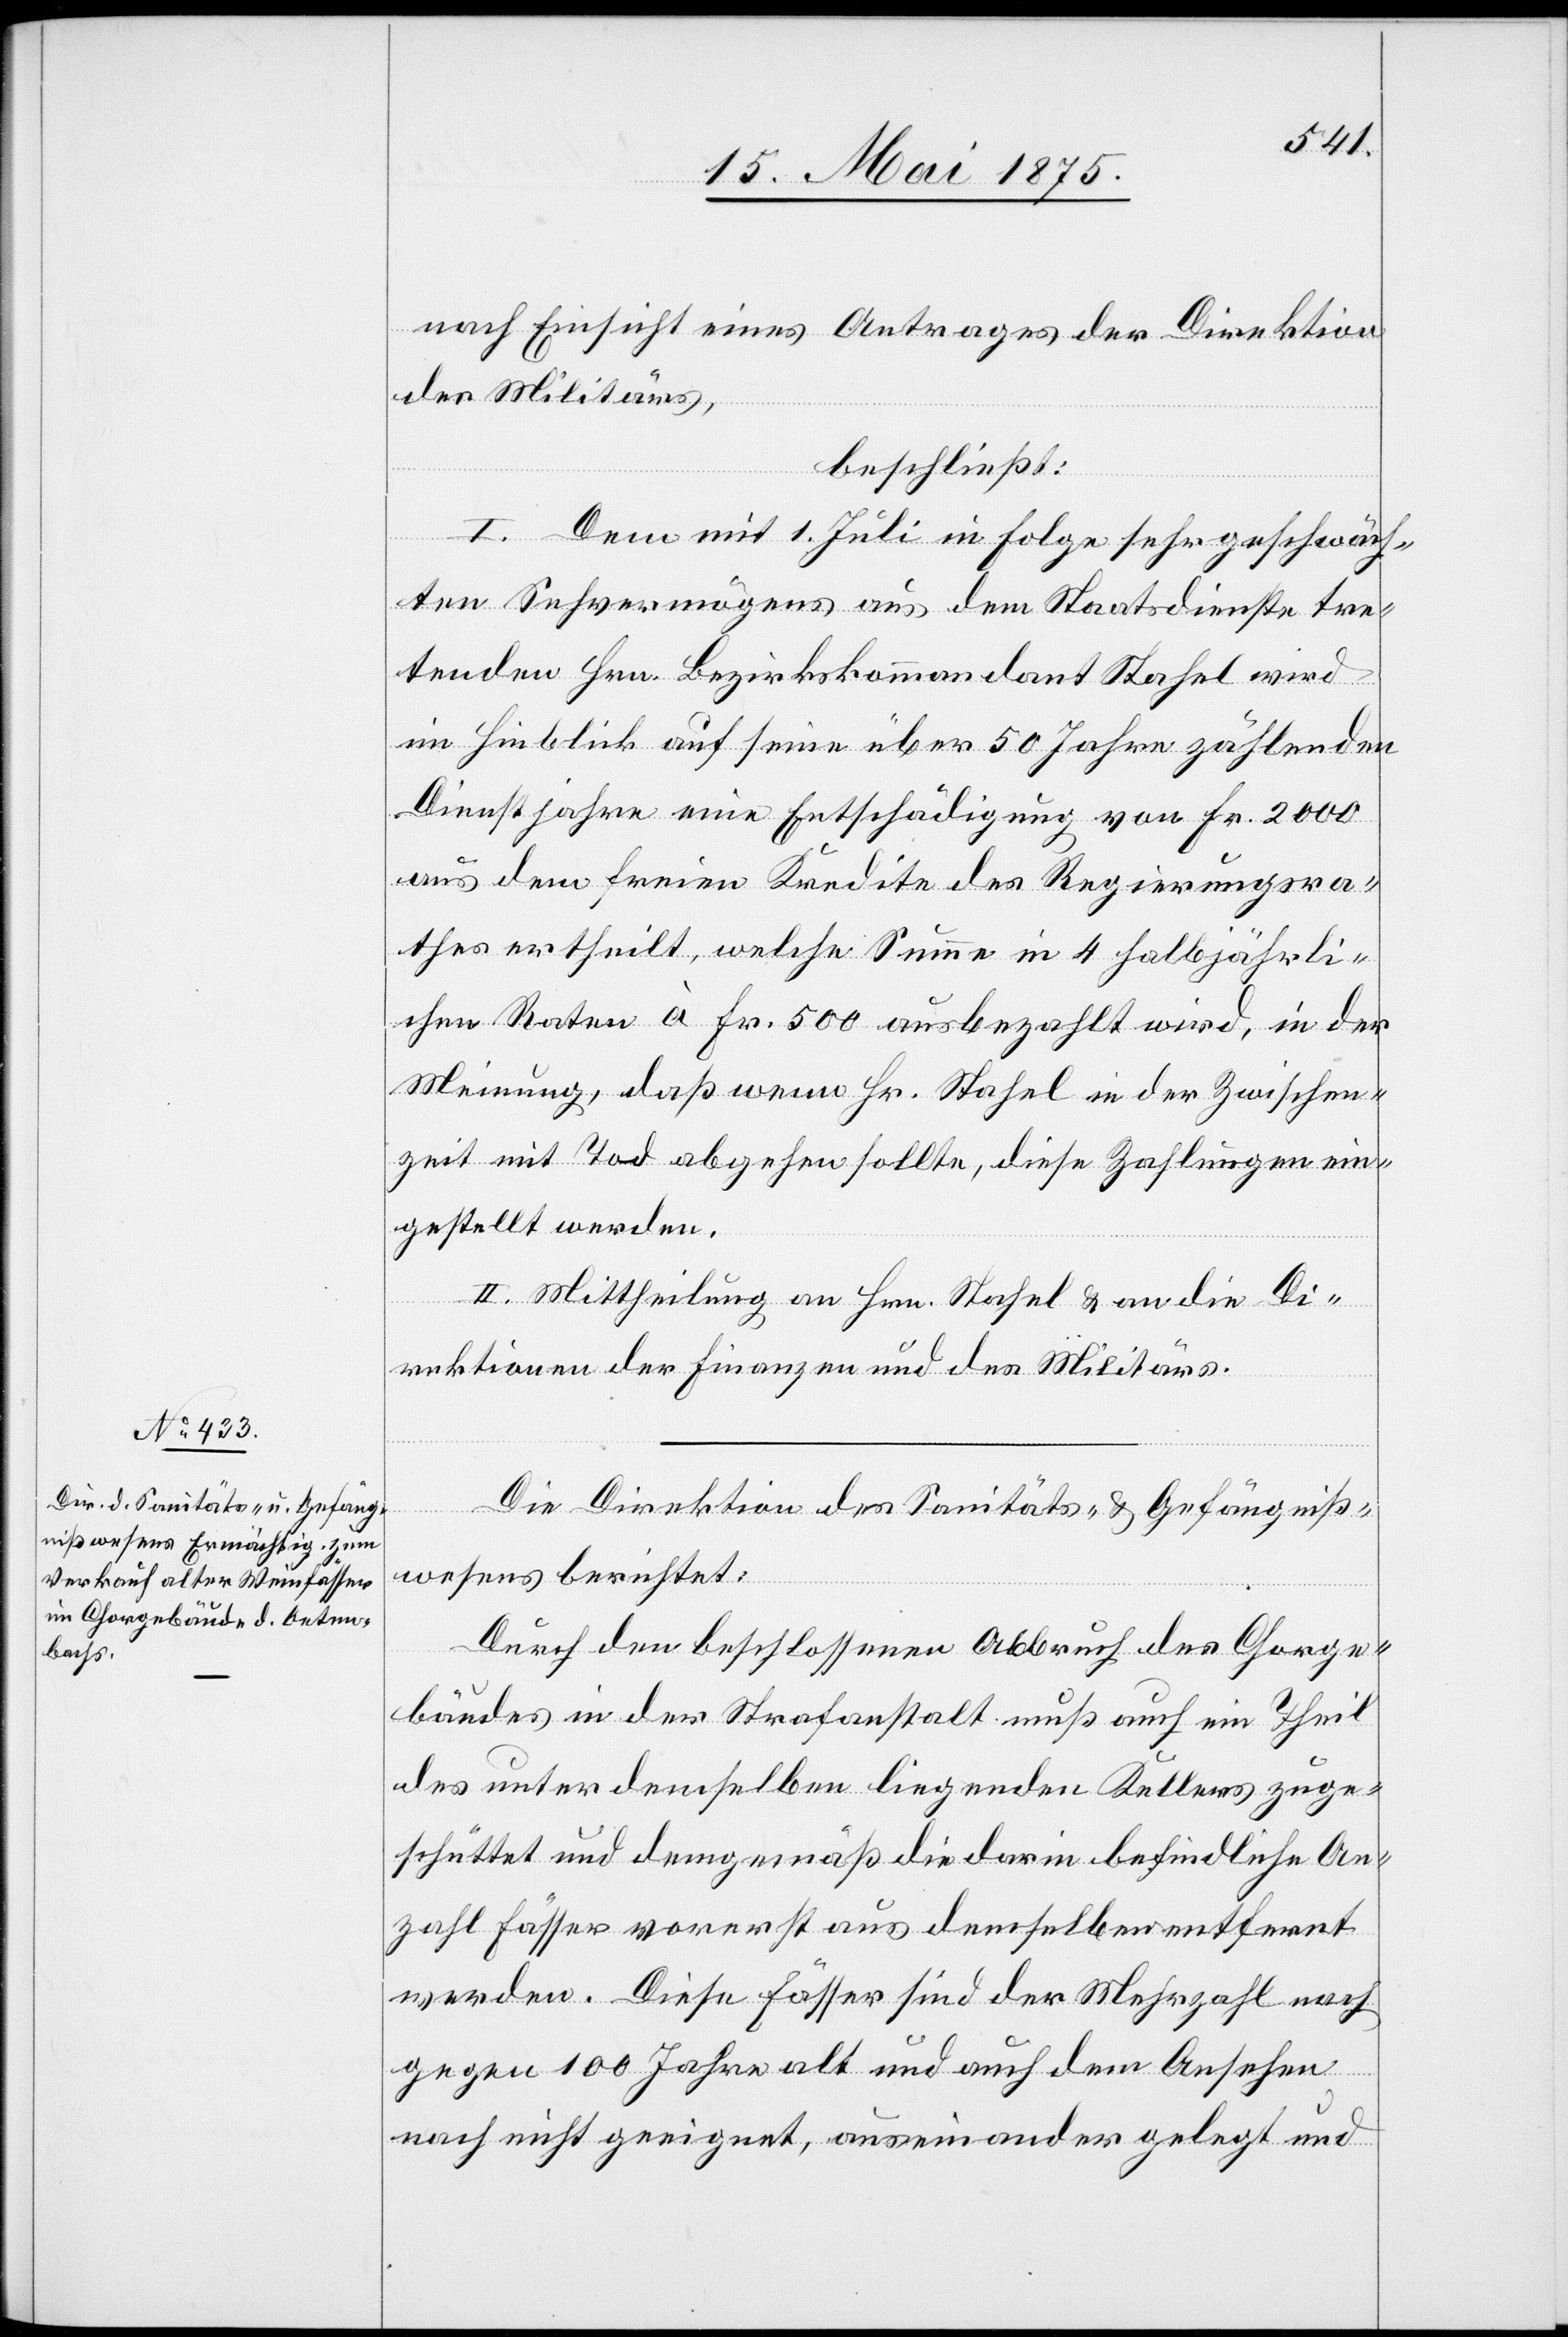
nach Einsicht eines Antrages der Direktion
des Militärs,
beschließt.
I. Dem mit 1. Juli in Folge sehr geschwäch¬
ten Sehvermögens aus dem Staatsdienste tre¬
tenden Hrn. Bezirkskommandant Stahel wird
im Hinblick auf seine über Jahre zählenden
Dienstjahre eine Entschädigung von Fr. 2000
aus dem freien Kredite des Regierungsra¬
thes ertheilt, welche Summe in 4 halbjährli¬
chen Raten à Fr. 500 ausbezahlt wird, in der
Meinung, daß wenn Hr. Stahel in der Zwischen¬
zeit mit Tod abgehen sollte, diese Zahlungen ein¬
gestellt werden.
II. Mittheilung an Hrn. Stahel & an die Di¬
rektion der Finanzen und des Militärs.
Die Direktion des Sanitäts- und Gefängniß¬
wesens berichtet:
Durch den beschlossenen Abbruch des Chorge¬
bäudes in der Strafanstalt muß auch ein Theil
des unter demselben liegenden Kellers zuge¬
schüttet und demgemäß die darin befindliche An¬
zahl Fässer vorerst aus denselben entfernt
werden. Diese Fässer sind der Mehrzahl nach
gegen 100 Jahre alt und auch dem Ansehen
nach nicht geeignet, auseinander gelegt und